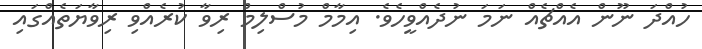
ހުއްދަ ނޫން އެއްޗެއް ނަމަ ނުދެއްވީހެވެ. އިމާމް މުސްލިމް ރިވާ ކުރެއްވި ރިވާޔަތެއްގައި